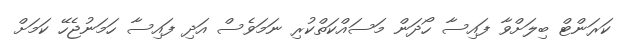
ކަރަންޓް ބިލަށްވާ ފައިސާ ހޯދަން މަސައްކަތްކުރި ނަމަވެސް އަދި ފައިސާ ހަމަނުޖެހޭ ކަމަށް